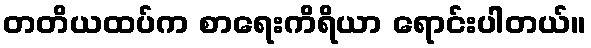
တတိယထပ်က စာရေးကိရိယာ ရောင်းပါတယ်။